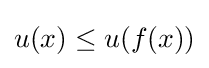
u(x)\leq u(f(x))